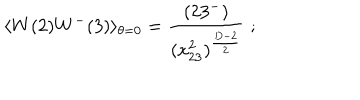
LaTeX: \langle W ( 2 ) W ^ { - } ( 3 ) \rangle _ { \theta = 0 } = \frac { ( 2 3 ^ { - } ) } { ( x _ { 2 3 } ^ { 2 } ) ^ { \frac { D - 2 } { 2 } } } \; ; \nonumber